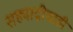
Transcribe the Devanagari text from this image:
सह्याद्रीचाही